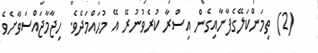
(2) ތިމަންކަލޭގެފާނާއިގެން އިސްރާ ކުރެވުނުރޭ އޭ މުޙައްމަދެވެ. ހިޖާމާޖައްސަވާށެވެ